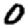
Digit: 0